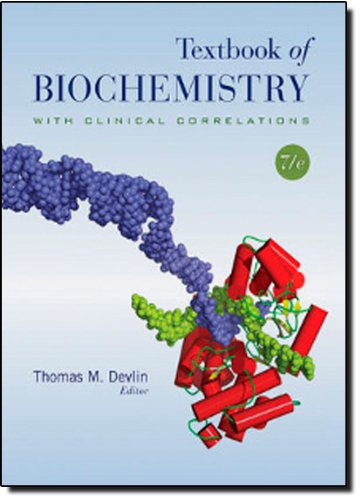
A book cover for Textbook of Biochemistry with Clinical Correlations; Engineering & Transportation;